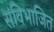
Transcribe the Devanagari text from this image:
संविभाजित